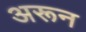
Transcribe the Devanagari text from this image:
अरून